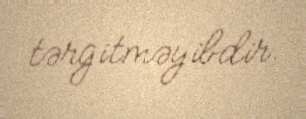
tərgitməyibdir.